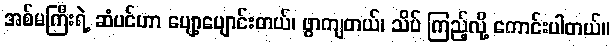
အစ်မကြီးရဲ့ ဆံပင်ဟာ ပျော့ပျောင်းတယ်၊ ဖွာကျတယ်၊ သိပ် ကြည့်လို့ ကောင်းပါတယ်။